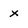
Character: x